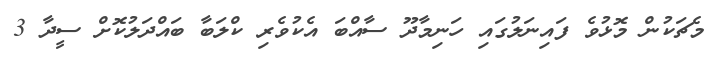
މެޗަކުން މޮޅުވެ ފައިނަލުގައި ހަނިމާދޫ ސާއްބަ އެކުވެރި ކްލަބާ ބައްދަލުކޮށް ސީދާ 3